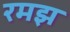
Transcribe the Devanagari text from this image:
रमझ